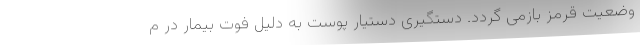
وضعیت قرمز بازمی گردد. دستگیری دستیار پوست به دلیل فوت بیمار در م